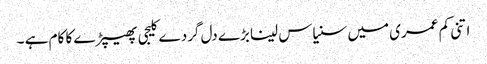
اتنی کم عمری میں سنیاس لینا بڑے دل گردے کلیجی پھیپڑے کا کام ہے ۔